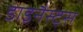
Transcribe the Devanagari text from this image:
डाइनैस्ट्स